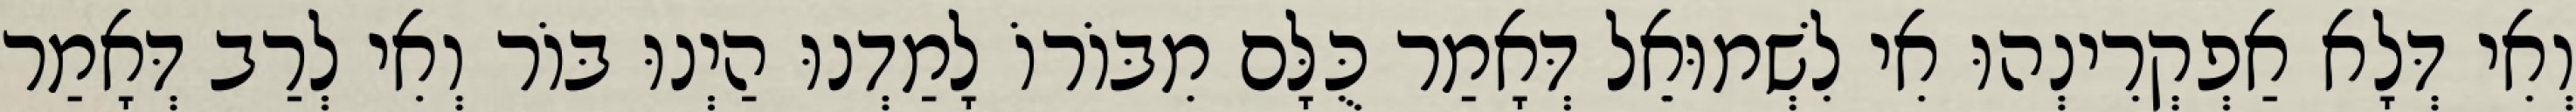
וְאִי דְּלָא אַפְקְרִינְהוּ אִי לִשְׁמוּאֵל דְּאָמַר כֻּלָּם מִבּוֹרוֹ לָמַדְנוּ הַיְנוּ בּוֹר וְאִי לְרַב דְּאָמַר